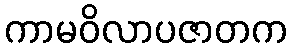
ကာမဝိလာပဇာတက